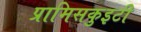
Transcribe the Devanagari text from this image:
प्रामिसकुइटी